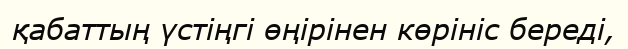
қабаттың үстіңгі өңірінен көрініс береді,